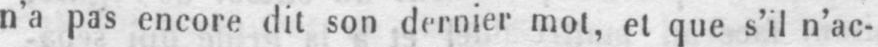
n’a pas encore dit son dernier mot, et que s’il n’ac-